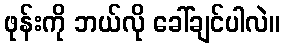
ဖုန်းကို ဘယ်လို ခေါ်ချင်ပါလဲ။